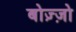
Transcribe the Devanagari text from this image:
बोज़्ज़ो